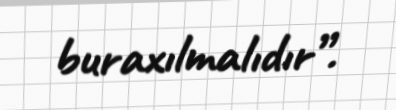
buraxılmalıdır”.